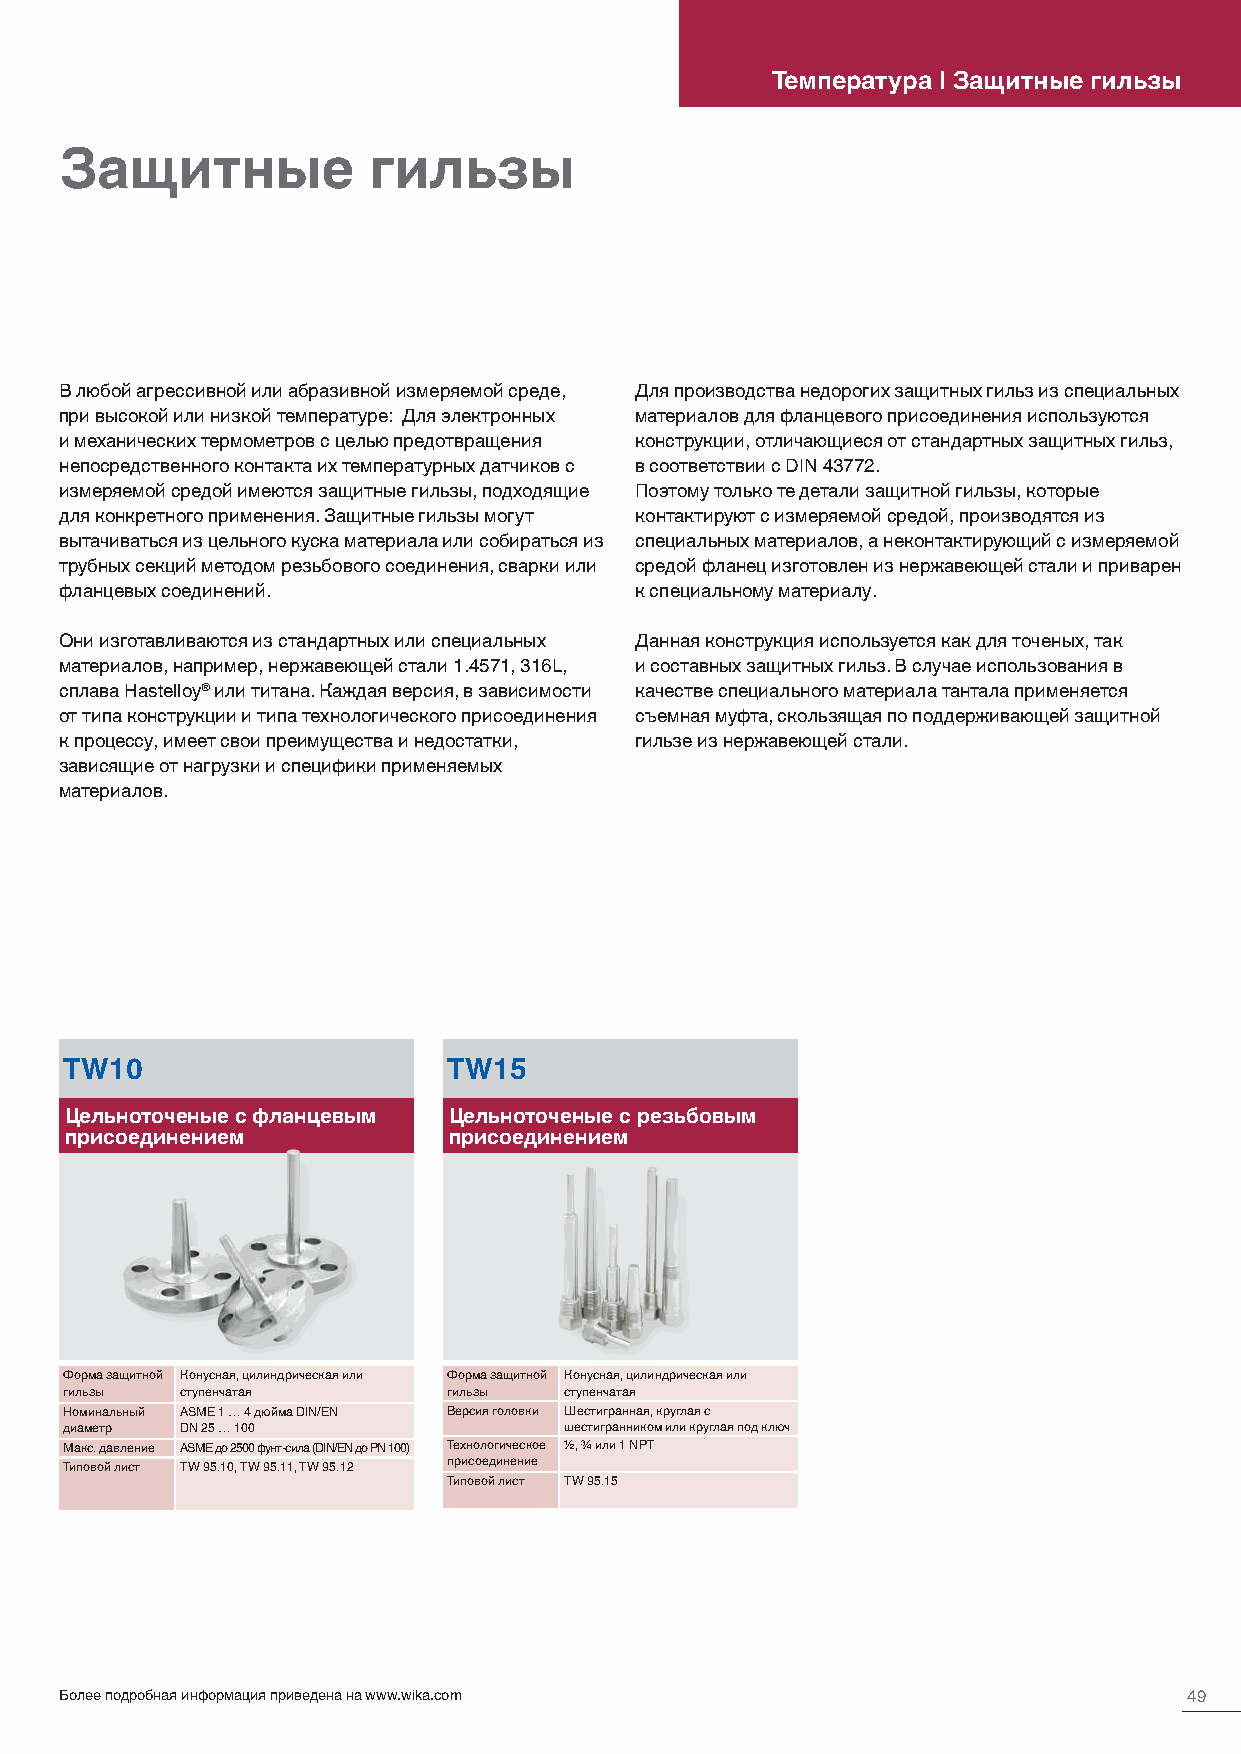
Температура | Защитные гильзы
 Защитные            гильзы
 В любой агрессивной или абразивной измеряемой среде, Для производства недорогих защитных гильз из специальных
 при высокой или низкой температуре: Для электронных материалов для фланцевого присоединения используются
 и механических термометров с целью предотвращения конструкции, отличающиеся от стандартных защитных гильз,
 непосредственного контакта их температурных датчиков с в соответствии с DIN 43772.
 измеряемой средой имеются защитные гильзы, подходящие Поэтому только те детали защитной гильзы, которые
 для конкретного применения. Защитные гильзы могут контактируют с измеряемой средой, производятся из
 вытачиваться из цельного куска материала или собираться из специальных материалов, а неконтактирующий с измеряемой
 трубных секций методом резьбового соединения, сварки или средой фланец изготовлен из нержавеющей стали и приварен
 фланцевых соединений.                 к специальному материалу.
 Они изготавливаются из стандартных или специальных Данная конструкция используется как для точеных, так
 материалов, например, нержавеющей стали 1.4571, 316L, и составных защитных гильз. В случае использования в
 сплава Hastelloy® или титана. Каждая версия, в зависимости качестве специального материала тантала применяется
 от типа конструкции и типа технологического присоединения съемная муфта, скользящая по поддерживающей защитной
 к процессу, имеет свои преимущества и недостатки, гильзе из нержавеющей стали.
 зависящие от нагрузки и специфики применяемых
 материалов.
 TW10                      TW15
 Цельноточеные с фланцевым Цельноточеные с резьбовым
 присоединением            присоединением
 Форма защитной Конусная, цилиндрическая или Форма защитной Конусная, цилиндрическая или
 гильзы  ступенчатая       гильзы ступенчатая
 Номинальный ASME 1 … 4 дюйма DIN/EN Версия головки Шестигранная, круглая с
 диаметр DN 25 … 100              шестигранником или круглая под ключ
 Макс. давление ASME до 2500 фунт-сила (DIN/EN до PN 100) Технологическое ½, ¾ или 1 NPT
 Типовой лист TW 95.10, TW 95.11, TW 95.12 присоединение
 Типовой лист TW 95.15
 Более подробная информация приведена на www.wika.com                       49